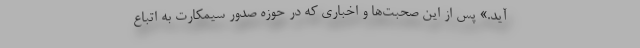
آید.» پس از این صحبت‌ها و اخباری که در حوزه صدور سیمکارت به اتباع